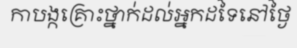
កាបង្កគ្រោះថ្នាក់ដល់អ្នកដទៃនៅថ្ងៃ